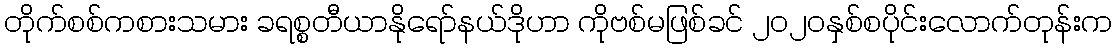
တိုက်စစ်ကစားသမား ခရစ္စတီယာနိုရော်နယ်ဒိုဟာ ကိုဗစ်မဖြစ်ခင် ၂၀၂၀နှစ်စပိုင်းလောက်တုန်းက